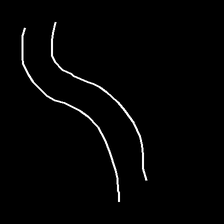
Glyph: float